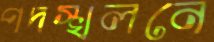
পদস্খলনে